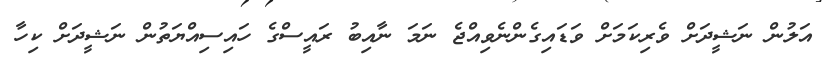
އަލުން ނަޝީދަށް ވެރިކަމަށް ވަޑައިގެންނެވިއްޖެ ނަމަ ނާއިބު ރައީސްގެ ހައިސިއްޔަތުން ނަޝީދަށް ކިހާ